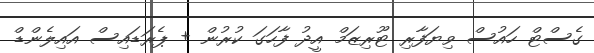
ގެސްޓް ހައުސް ވިޔަފާރި ޓޫރިޒަމް އީދު ފާހަގަ ކުރުން + ޕެރަޑައިސް އައިލެންޑް